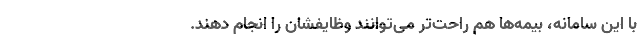
با این سامانه، بیمه‌ها هم راحت‌تر می‌توانند وظایفشان را انجام دهند.